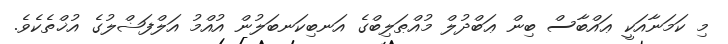
މި ކަމަނާއަކީ ޢައްބާސް ބިން ޢަބްދުލް މުއްޠަލިބްގެ އަނބިކަނބަލުން އުއްމު އަލްފަޟްލުގެ އުޚްތެކެވެ.